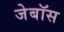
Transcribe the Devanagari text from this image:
जेबॉस